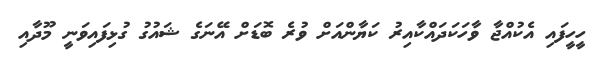
ހީހީފައި އެކުއްޖާ ވާހަކަދައްކާއިރު ކަޔާންއަށް ވުރެ ބޮޑަށް އޭނަގެ ޝައުގު ގުޅިފައިވަނީ މޫދާއި